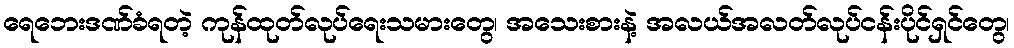
ရေဘေးဒဏ်ခံရတဲ့ ကုန်ထုတ်လုပ်ရေးသမားတွေ၊ အသေးစားနဲ့ အလယ်အလတ်လုပ်ငန်းပိုင်ရှင်တွေ၊